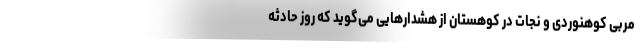
مربی کوهنوردی و نجات در کوهستان از هشدارهایی می‌گوید که روز حادثه